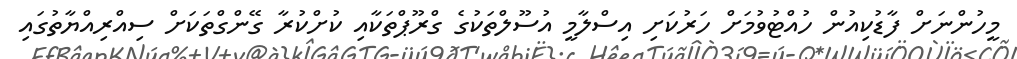
މީހުންނަށް ފާޑުކިއުން ހުއްޓުވުމަށް ހަރުކަށި އިސްލާމީ އުސޫލްތަކުގެ ގްރޫޕްތަކާއި ކުށްކުރާ ގޭންގްތަކަށް ސިއްރިއްޔާތުގައި